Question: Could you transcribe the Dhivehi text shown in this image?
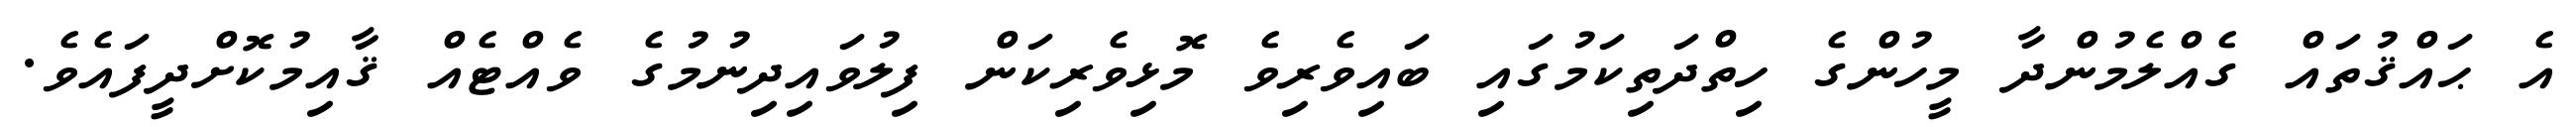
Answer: އެ ޙައްޤުތައް ގެއްލެމުންދާ މީހުންގެ ހިތްދަތިކަމުގައި ބައިވެރިވެ މޮޅިވެރިކަން ފިލުވައިދިނުމުގެ ވެއްޓެއް ޤާއިމުކޮށްދީފައެވެ.